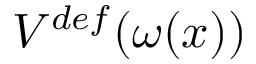
V ^ { d e f } ( \omega ( x ) )